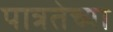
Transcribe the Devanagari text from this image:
पात्रतेच्या